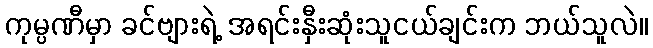
ကုမ္ပဏီမှာ ခင်ဗျားရဲ့ အရင်းနှီးဆုံးသူငယ်ချင်းက ဘယ်သူလဲ။